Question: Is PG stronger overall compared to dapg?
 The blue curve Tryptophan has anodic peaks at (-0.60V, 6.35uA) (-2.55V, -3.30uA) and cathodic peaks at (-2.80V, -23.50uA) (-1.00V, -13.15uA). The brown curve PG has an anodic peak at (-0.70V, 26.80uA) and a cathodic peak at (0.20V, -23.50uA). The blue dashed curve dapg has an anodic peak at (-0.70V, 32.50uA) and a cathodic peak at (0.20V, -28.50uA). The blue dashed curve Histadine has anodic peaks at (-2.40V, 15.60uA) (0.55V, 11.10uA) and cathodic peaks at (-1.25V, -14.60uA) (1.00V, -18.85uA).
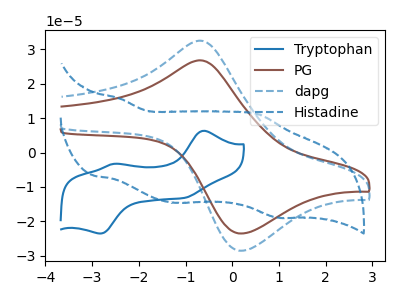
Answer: <think>All the peaks in "PG" have a peak in "dapg" at the same potential. Every peak in "PG" is lower than every peak in "dapg".
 </think>
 <answer>"PG" has less signal than "dapg".</answer>
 <eval>less_signal</eval>